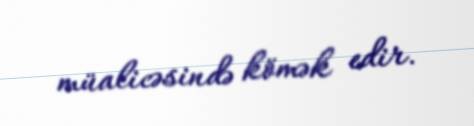
müalicəsində kömək edir.